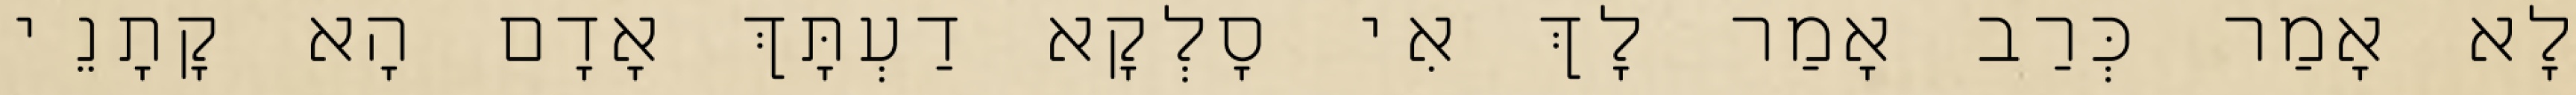
לָא אָמַר כְּרַב אָמַר לָךְ אִי סָלְקָא דַעְתָּךְ אָדָם הָא קָתָנֵי